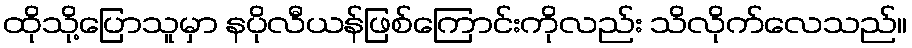
ထိုသို့ပြောသူမှာ နပိုလီယန်ဖြစ်ကြောင်းကိုလည်း သိလိုက်လေသည်။